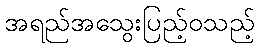
အရည်အသွေးပြည့်ဝသည့်